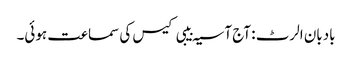
بادبان الرٹ : آج آسیہ بیبی کیس کی سماعت ہوئی۔